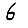
Digit: 6